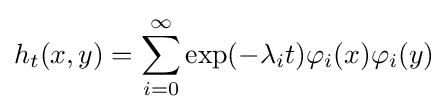
h_{t}(x,y)=\sum _{i=0}^{\infty }\exp(-\lambda _{i}t)\varphi _{i}(x)\varphi _{i}(y)